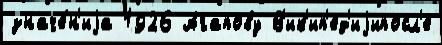
значе́н'иjа 1926 Агапову В'ик'ип'ед'иjипосл'е